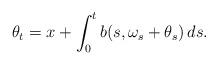
LaTeX: \begin{align*} \theta_t = x + \int_0^t b(s,\omega_s+\theta_s)\,ds.\end{align*}